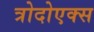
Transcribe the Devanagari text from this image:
त्रोदोएक्स